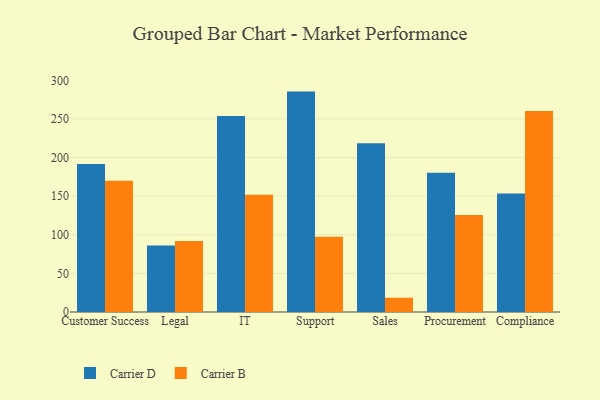
{"axis": {"x": "Department", "y": "Gross Profit (USD K)"}, "legend": ["Carrier B", "Carrier D"], "data": [{"x": "Customer Success", "y": 191.5, "type": "Carrier D"}, {"x": "Customer Success", "y": 169.9, "type": "Carrier B"}, {"x": "Legal", "y": 86.0, "type": "Carrier D"}, {"x": "Legal", "y": 92.0, "type": "Carrier B"}, {"x": "IT", "y": 253.7, "type": "Carrier D"}, {"x": "IT", "y": 151.9, "type": "Carrier B"}, {"x": "Support", "y": 285.4, "type": "Carrier D"}, {"x": "Support", "y": 97.4, "type": "Carrier B"}, {"x": "Sales", "y": 218.6, "type": "Carrier D"}, {"x": "Sales", "y": 18.5, "type": "Carrier B"}, {"x": "Procurement", "y": 180.2, "type": "Carrier D"}, {"x": "Procurement", "y": 125.5, "type": "Carrier B"}, {"x": "Compliance", "y": 153.4, "type": "Carrier D"}, {"x": "Compliance", "y": 260.3, "type": "Carrier B"}]}